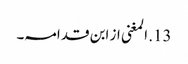
13. المغنی از ابن قدامہ۔